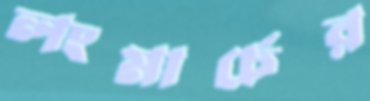
লংমার্চের